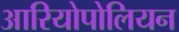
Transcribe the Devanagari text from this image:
आरियोपोलियन